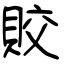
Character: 賋